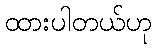
ထားပါတယ်ဟု